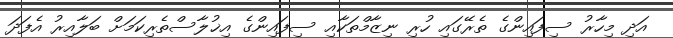
އަދި މިހާރު ސިފައިންގެ ތެރޭގައި ހުރި ނިޒާމްތަކާއި ސިފައިންގެ އިޚުލާސްތެރިކަމަށް ބަލާއިރު އެފަދަ